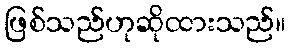
ဖြစ်သည်ဟုဆိုထားသည်။